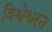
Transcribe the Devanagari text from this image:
विश्वेश्वरन